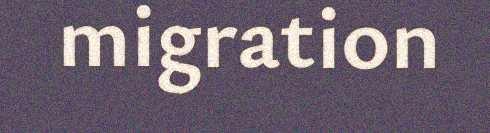
migration